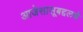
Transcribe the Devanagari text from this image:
आजेसासूबद्दलचे